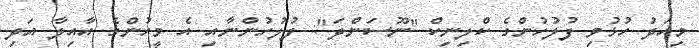
މިއަދު ހުޅުވި ފުލުހުންގެ ކްލިނިކް "ނޫސަންދަ": ފުލުހުންނާއި އެ މީހުންގެ އާއިލާ އަދި